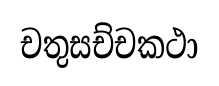
චතුසච්චකථා